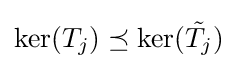
\ker(T_{j})\preceq \ker({\tilde {T_{j}}})